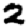
Digit: 2